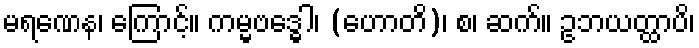
မရဏေန၊ ကြောင့်။ ကမ္မဗဒ္ဓေါ၊ (ဟောတိ)၊ စ၊ ဆက်။ ဥဘယတ္ထာပိ၊